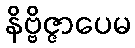
နိဗ္ဗိဇ္ဇာပေမ